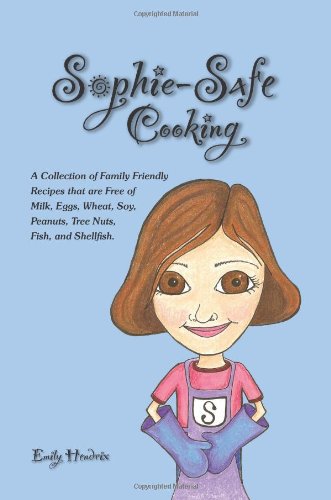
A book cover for Sophie-Safe Cooking: A Collection of Family Friendly Recipes that are Free of Milk, Eggs, Wheat, Soy, Peanuts, Tree Nuts, Fish and Shellfish; Emily Hendrix; Cookbooks, Food & Wine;